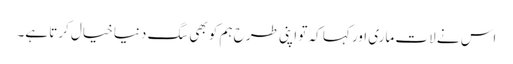
اس نے لات ماری اور کہا کہ تو اپنی طرح ہم کو بھی سگ دنیا خیال کرتا ہے۔